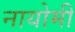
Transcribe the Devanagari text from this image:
नायोमी